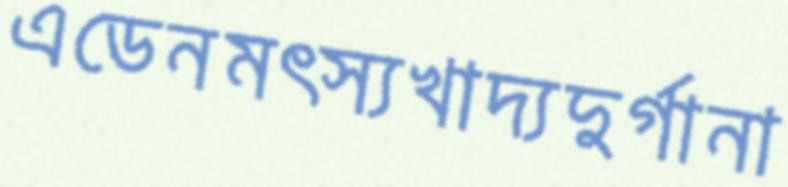
এডেনমত্স্যখাদ্যদুর্গানা